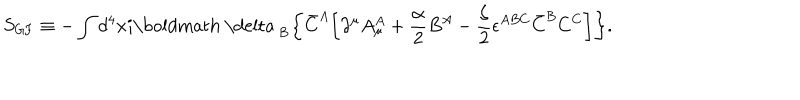
S _ { \mathrm { G F } } \equiv - \int d ^ { 4 } x i \mathrm { \boldmath ~ \ d e l t a ~ } _ { \mathrm { B } } \biggl \{ \bar { C } ^ { A } \biggl [ \partial ^ { \mu } A _ { \mu } ^ { A } + \frac \alpha 2 B ^ { A } - \frac \zeta 2 \epsilon ^ { A B C } \bar { C } ^ { B } C ^ { C } \biggr ] \biggr \} .